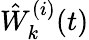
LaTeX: \hat{W}_{k}^{(i)}(t)